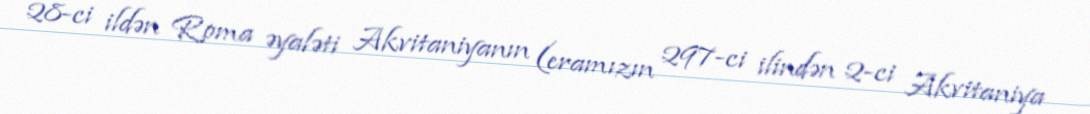
28-ci ildən Roma əyaləti Akvitaniyanın (eramızın 297-ci ilindən 2-ci Akvitaniya